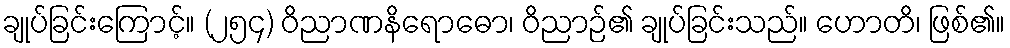
ချုပ်ခြင်းကြောင့်။ (၂၅၄) ဝိညာဏနိရောဓော၊ ဝိညာဉ်၏ ချုပ်ခြင်းသည်။ ဟောတိ၊ ဖြစ်၏။